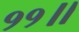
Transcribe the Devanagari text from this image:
११॥